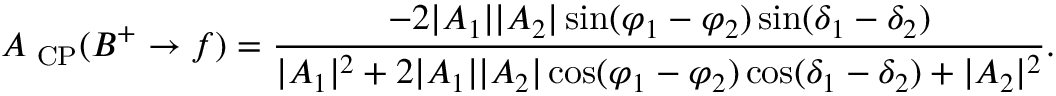
{ \cal A } _ { \mathrm { { \scriptsize ~ C P } } } ( B ^ { + } \to f ) = \frac { - 2 | A _ { 1 } | | A _ { 2 } | \sin ( \varphi _ { 1 } - \varphi _ { 2 } ) \sin ( \delta _ { 1 } - \delta _ { 2 } ) } { | A _ { 1 } | ^ { 2 } + 2 | A _ { 1 } | | A _ { 2 } | \cos ( \varphi _ { 1 } - \varphi _ { 2 } ) \cos ( \delta _ { 1 } - \delta _ { 2 } ) + | A _ { 2 } | ^ { 2 } } .